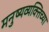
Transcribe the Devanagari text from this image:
मनुष्यव्यक्तिच्या